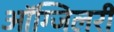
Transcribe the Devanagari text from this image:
ऑग्जिलरी